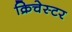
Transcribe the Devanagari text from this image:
क्रिचेस्टर